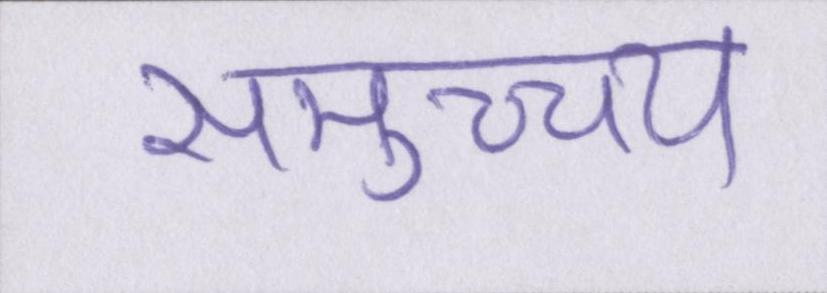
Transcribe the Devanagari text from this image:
समुच्च्य